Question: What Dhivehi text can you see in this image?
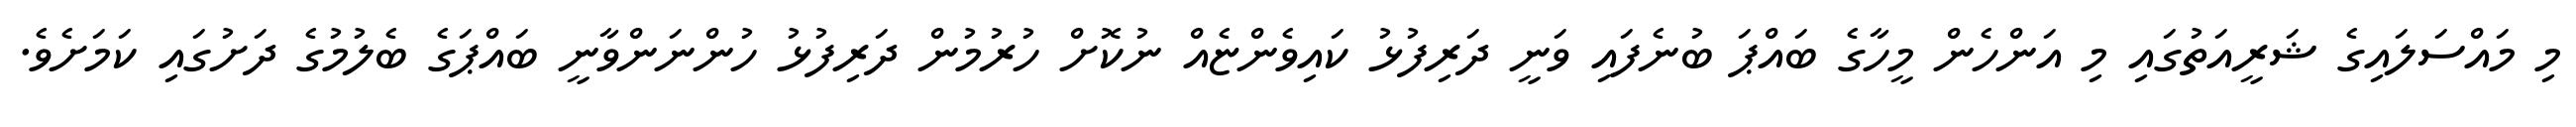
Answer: މި މައްސަލައިގެ ޝަރީއަތުގައި މި އަންހެން މީހާގެ ބައްޕަ ބުނެފައި ވަނީ ދަރިފުޅު ކައިވެންޏެއް ނުކޮށް ހުރުމުން ދަރިފުޅު ހުންނަންވާނީ ބައްޕަގެ ބެލުމުގެ ދަށުގައި ކަމަށެވެ.